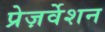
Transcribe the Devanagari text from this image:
प्रेज़र्वेशन